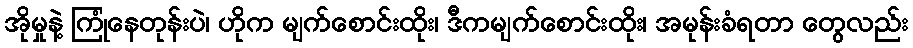
အိုမှုနဲ့ ကြုံနေတုန်းပဲ၊ ဟိုက မျက်စောင်းထိုး၊ ဒီကမျက်စောင်းထိုး၊ အမုန်းခံရတာ တွေလည်း